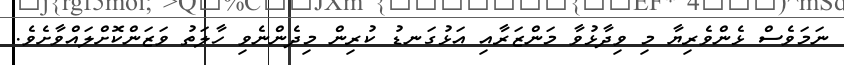
ނަމަވެސް ޅެންވެރިޔާ މި ވިދާޅުވާ މަންޒަރާއި އަޅުގަނޑު ކުރިން މިދެންނެވި ހާލަތު ވަޒަންކޮށްލައްވާށެވެ.